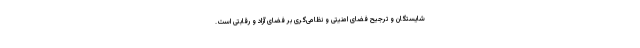
شایستگان و ترجیح فضای امنیتی و نظامی‌گری بر فضای آزاد و رقابتی‌ است.